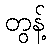
တွန့်